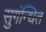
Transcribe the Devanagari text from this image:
सुगंन्‍धित